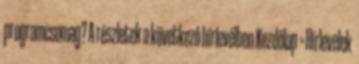
programcsomag? A részletek a következő hírlevélben Kezdőlap » Hírlevelek